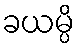
ခယမ္ပိ